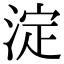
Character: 淀